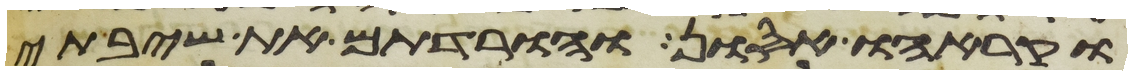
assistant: וקראהו אסון והורדתם את שיבתי